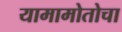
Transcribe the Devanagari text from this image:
यामामोतोचा